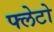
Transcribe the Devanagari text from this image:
फ्लेटो